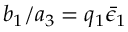
b _ { 1 } / a _ { 3 } = q _ { 1 } \bar { \epsilon } _ { 1 }